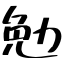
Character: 勉